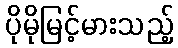
ပိုမိုမြင့်မားသည့်